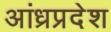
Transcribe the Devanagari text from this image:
अांध्रप्रदेश